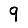
Digit: 9